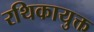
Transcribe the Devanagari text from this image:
रथिकायुक्त